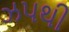
ઝપથી